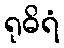
ရုဓိရံ